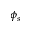
\phi _ { s }